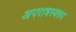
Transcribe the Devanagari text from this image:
अपराधस्वरूप